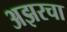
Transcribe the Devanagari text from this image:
अझरचा